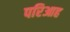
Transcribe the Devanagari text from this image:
परिआह